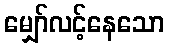
မျှော်လင့်နေသော